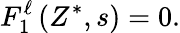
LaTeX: F_{1}^{\ell}\left(Z^{\ast},s\right)=0.